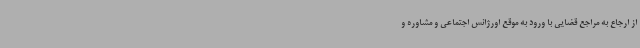
از ارجاع به مراجع قضایی با ورود به موقع اورژانس اجتماعی و مشاوره و